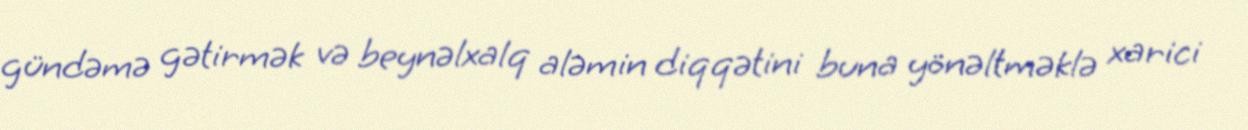
gündəmə gətirmək və beynəlxalq aləmin diqqətini buna yönəltməklə xarici